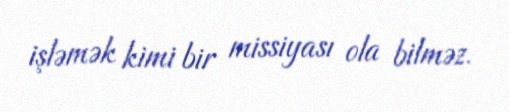
işləmək kimi bir missiyası ola bilməz.